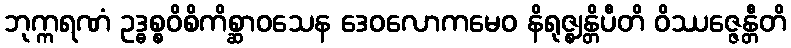
ဘုက္ကရဏံ ဥဒ္ဓစ္စဝိစိကိစ္ဆာဝသေန ဒေဝလောကမေဝ နိရုဇ္ဈန္တိပီတိ ဝိဿဇ္ဇေန္တီတိ